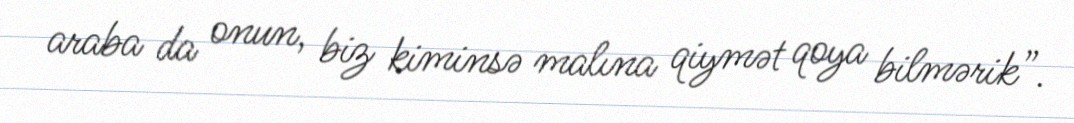
araba da onun, biz kiminsə malına qiymət qoya bilmərik”.